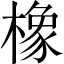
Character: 橡